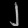
Digit: ၂